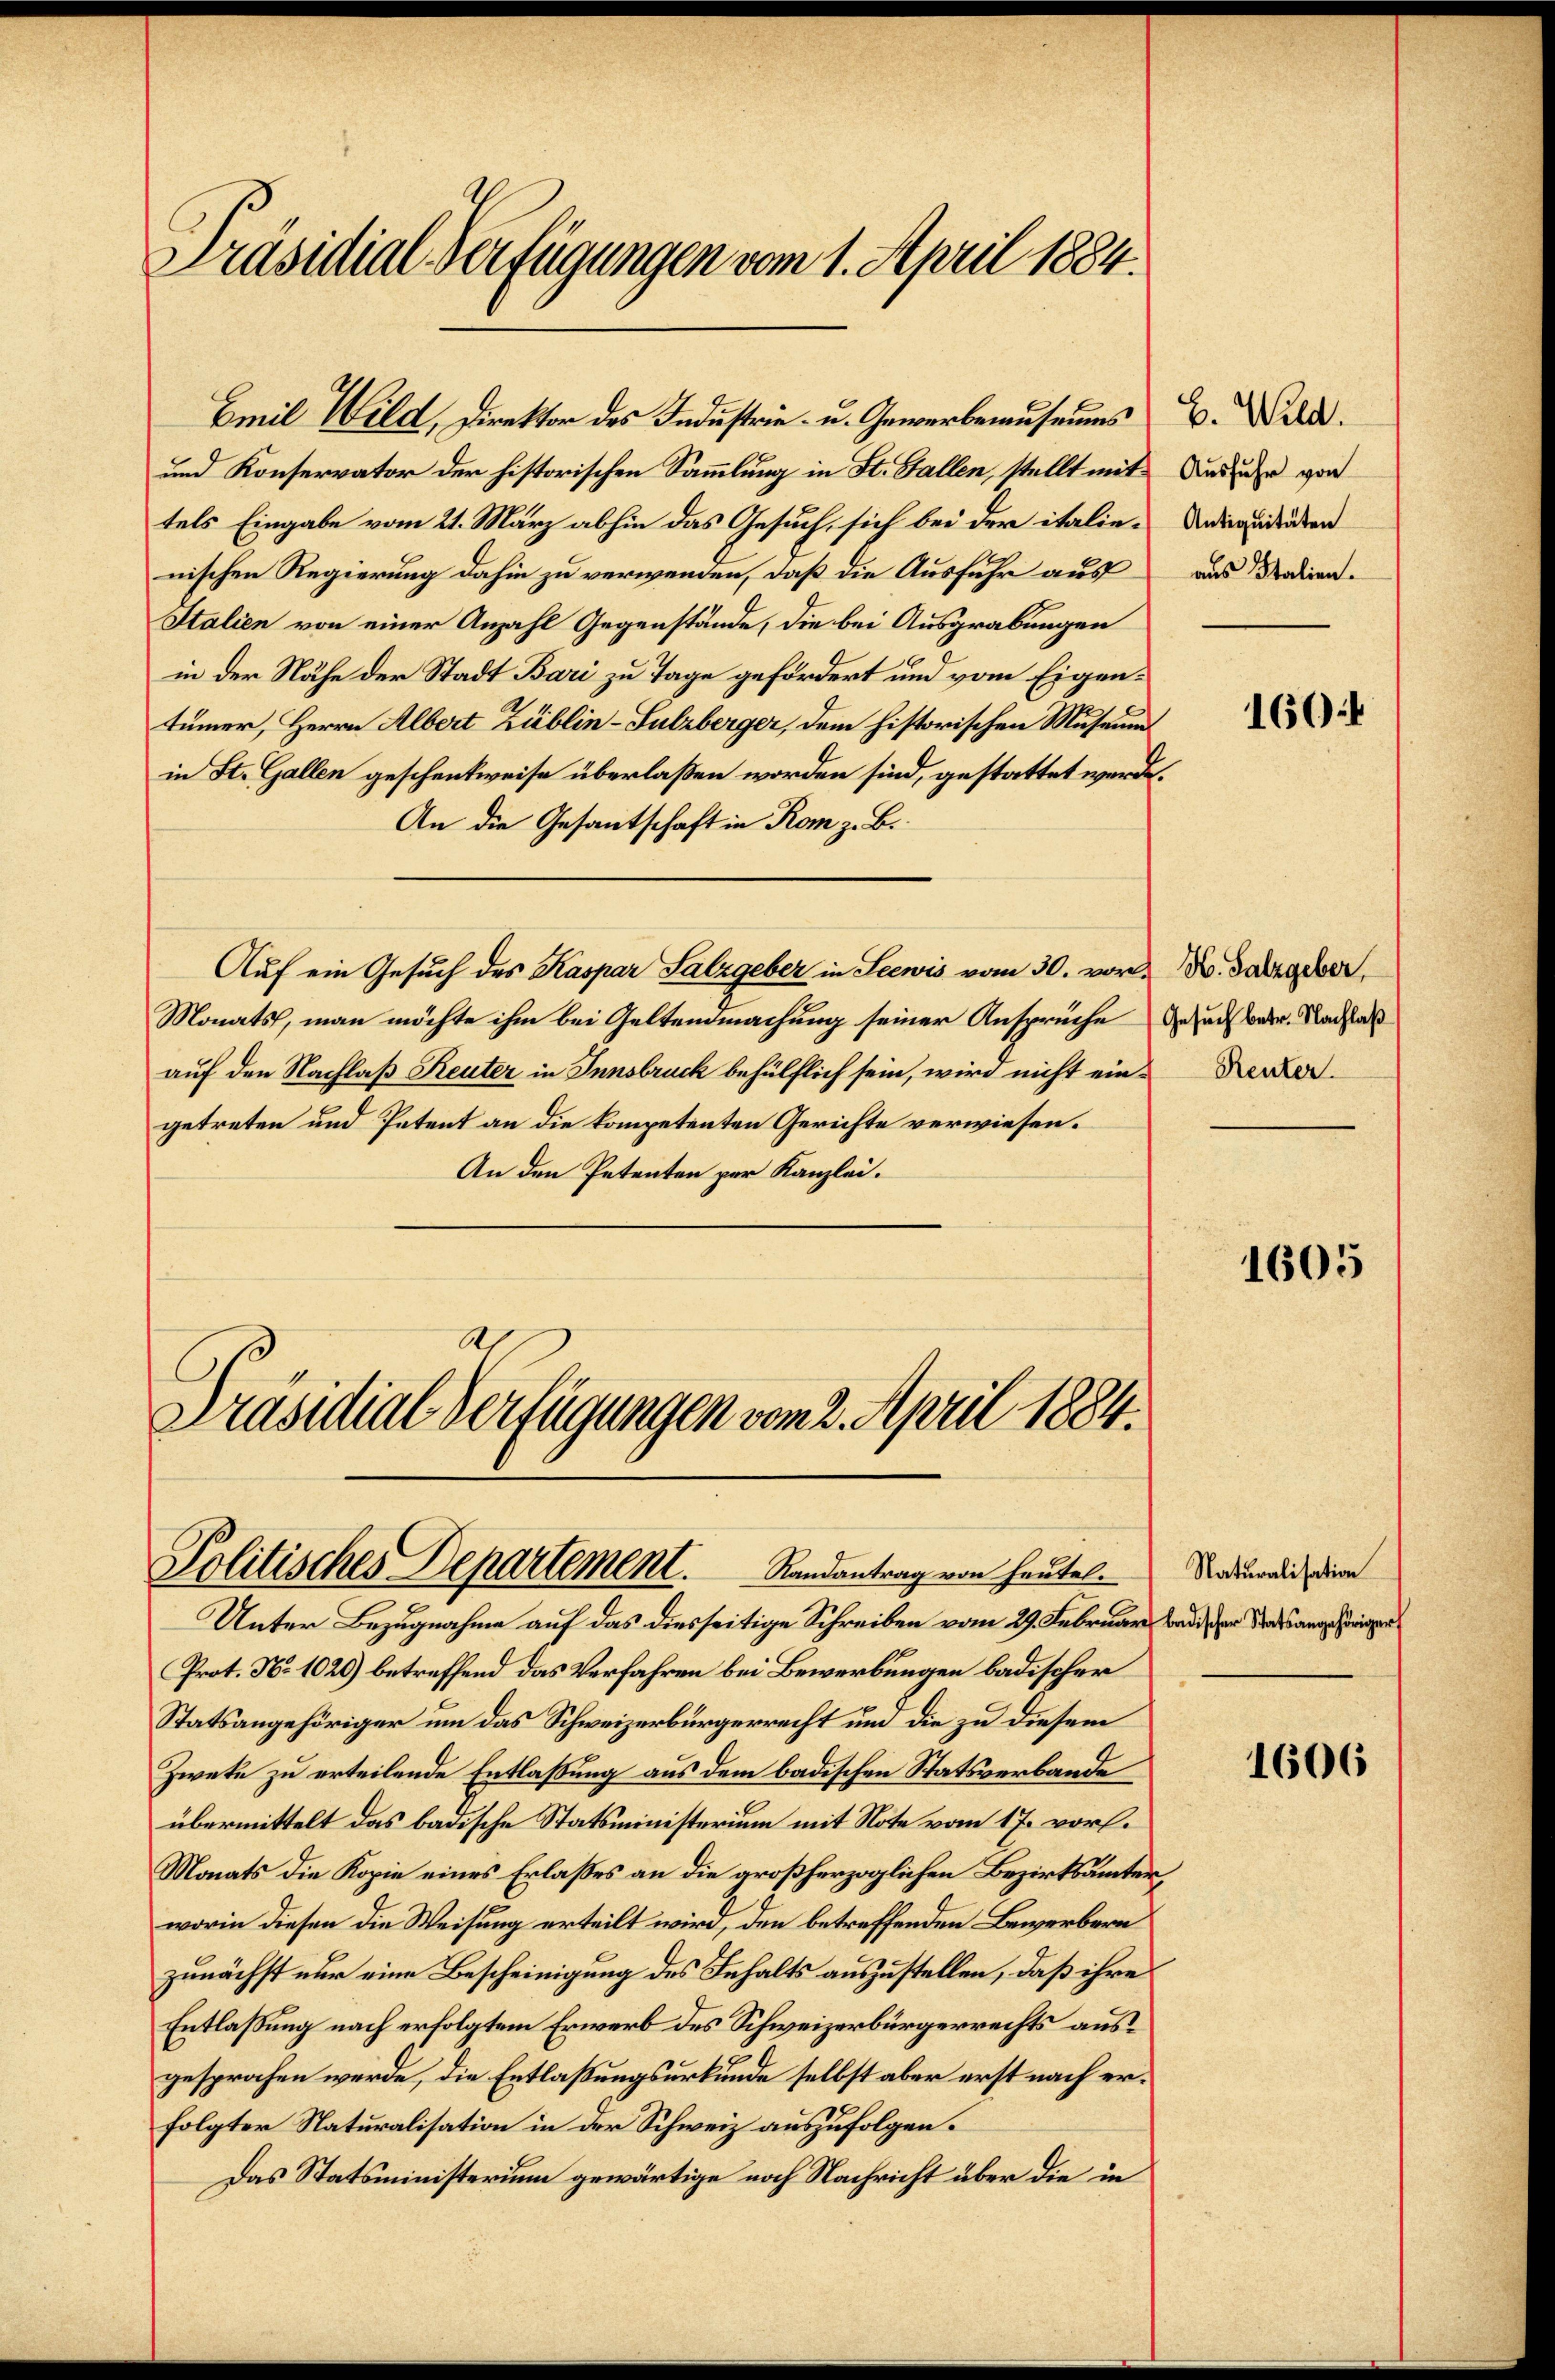
Präsidial-Verfügungen vom 1. April 1884.

Emil Wild, Direktor des Industrie- u. Gewerbemuseums
und Konservator der historischen Sammlung in St. Gallen, stellt mit Ausruhe von
tels Eingabe vom 21. März abhin das Gesuch, sich bei der italie-Undigendenten
nischen Regierung dahin zu verwenden, daß die Ausfuhr aus
Italien von einer Anzahl Gegenstände, die bei Ausgrabungen
in der Nähe der Stadt Bari zu Tage gefördert und vom Eigentümer, Herrn Albert Züblin-Sulzberger, dem historischen Museum
in St. Gallen geschenkweise überlaßen worden sind, gestattet werde.
An die Gesantschaft in Rom z. B.
Auf ein Gesuch des Kaspar Salzgeber in Seewis vom 30. vor. Dr. Jahrgeber,
Monats, man möchte ihm bei Geltendmachung seiner Ansprüche Gesuch betr. Nachlaß
auf den Nachlaß Reuter in Innsbruck behülflich sein, wird nicht ein-Kerzer
getreten und Petent an die kompetenten Gerichte verwiesen.
An den Petenten per Kanzlei.
Präsidial-Verfügungen vom 2. April 1884.

Unter Bezugnahme auf das diesseitige Schreiben vom 29. Februar bald der Staatsangehöriger
Prot. No 1026) betreffend das Verfahren bei Bewerbungen badischer
Statsangehöriger um das Schweizerbürgerrecht und die zu diesem
Zwete zu erteilende Entlaßung aus dem badischen Statsverbande
übermittelt das badische Statsministerium mit Note vom 17. vorl.
Monats die Kopie eines Erlaßes an die großherzoglichen Bezirksämter,
worin diesen die Weisung erteilt wird, den betreffenden Bewerbern
zunächst nur eine Bescheinigung des Inhalts auszustellen, daß ihre
Entlassung nach erfolgtem Erwerb des Schweizerbürgerrechts ausgesprochen werde, die Entlaßungsurkunde selbst aber erst nach erfolgter Naturalisation in der Schweiz auszufolgen.
Das Statsministerium gewärtige noch Nachricht über die in

Politisches Departement.         Randantrag von heutel.

H. Wild.
aus Italien.

1604

1605

Naturalisation

1606